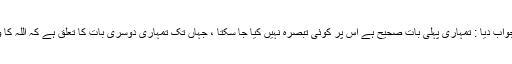
تو اس نے اسے جواب دیا : تمہاری پہلی بات صحیح ہے اس پر کوئی تبصرہ نہیں کیا جا سکتا ، جہاں تک تمہاری دوسری بات کا تعلق ہے کہ اللہ کا وجود کيسے ہوا ؟